Civil Veterinary Department. Central Provinces & Berar 1932-41 - 1932-1941
Year: 1932
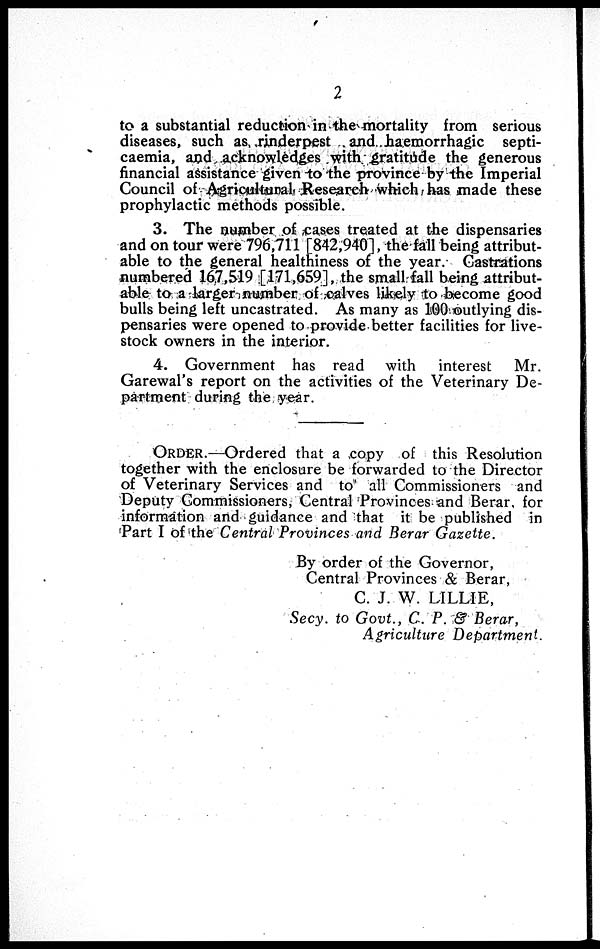
2
to a substantial reduction in the mortality from serious
diseases, such as rinderpest and haemorrhagic septi-
caemia, and acknowledges with gratitude the generous
financial assistance given-to the province by the Imperial
Council of Agricultural Research which has made these
prophylactic methods possible.
3. The number of cases treated at the dispensaries
and on tour were 796,711 [842,940], the fall being attribut-
able to the general healthiness of the year. Castrations
numbered 167,519 [171,659], the small fall being attribut-
able to a larger number of calves likely to become good
bulls being left uncastrated. As many as 100 outlying dis-
pensaries were opened to provide better facilities for live-
stock owners in the interior.
4. Government has read with
interest
Mr.
Garewal's report on the activities of the Veterinary De-
partment during the year.
ORDER.—Ordered that a copy of this Resolution
together with the enclosure be forwarded to the Director
of Veterinary Services and to all Commissioners and
Deputy Commissioners, Central Provinces and Berar for
information and guidance and that it be published in
Part I of the Central Provinces and Berar Gazette.
By order of the Governor,
Central Provinces & Berar,
C. J. W. LILLIE,
Secy, to Govt., C. P. & Berar,
Agriculture Department.